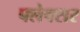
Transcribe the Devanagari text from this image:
फ्लेक्सर